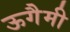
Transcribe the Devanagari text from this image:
ऊगैमी